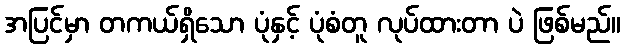
အပြင်မှာ တကယ်ရှိသော ပုံနှင့် ပုံစံတူ လုပ်ထားတာ ပဲ ဖြစ်မည်။